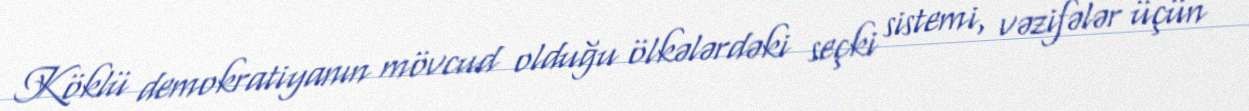
Köklü demokratiyanın mövcud olduğu ölkələrdəki seçki sistemi, vəzifələr üçün